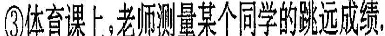
③体育课上，老师测量某个同学的跳远成绩.